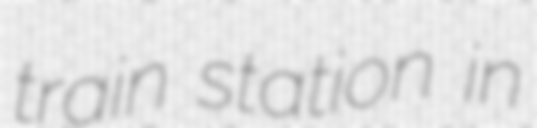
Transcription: train station in